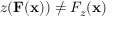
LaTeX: z ( \mathbf { F } ( \mathbf { x } ) ) \neq F _ { z } ( \mathbf { x } )